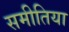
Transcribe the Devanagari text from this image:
समीतिया